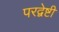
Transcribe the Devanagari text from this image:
परद्वेष्टी